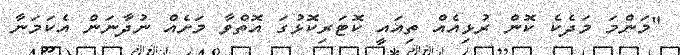
"މަންމަ މަދެކެ ކޮން ރުޅިއެއް ތިއައީ ކޮޓަރިކޮޅުގަ އޮތްވާ މަށެއް ނުދާނަން އެކަމަނާ